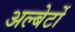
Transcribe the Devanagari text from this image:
अल्बेर्टो